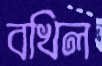
বখিল